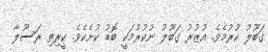
ގަބޫލު ކުރުމެވެ. އުޒުރު ގަބޫލު ނުކުރުމަކީ ބޮޑު ކުށެކެވެ. ކީރިތި ރަސޫލާ